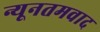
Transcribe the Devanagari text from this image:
न्यूनतमवाद